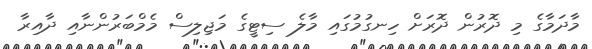
މާދަމާގެ މި ދޮރުން ދޮރަށް ހިނގުމުގައި މާލެ ސިޓީގެ މަޖިލިސް މެމްބަރުންނާއި ދާއިރާ